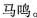
马鸣。